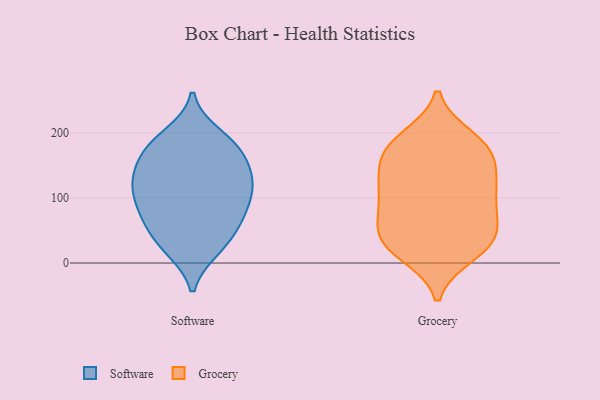
{"axis": {"x": "Shipments", "y": "Value"}, "legend": ["Grocery", "Software"], "data": [{"x": "", "y": 131, "type": "Software"}, {"x": "", "y": 183, "type": "Software"}, {"x": "", "y": 69, "type": "Software"}, {"x": "", "y": 26, "type": "Software"}, {"x": "", "y": 97, "type": "Software"}, {"x": "", "y": 61, "type": "Software"}, {"x": "", "y": 120, "type": "Software"}, {"x": "", "y": 130, "type": "Software"}, {"x": "", "y": 21, "type": "Software"}, {"x": "", "y": 74, "type": "Software"}, {"x": "", "y": 197, "type": "Software"}, {"x": "", "y": 112, "type": "Software"}, {"x": "", "y": 153, "type": "Software"}, {"x": "", "y": 100, "type": "Software"}, {"x": "", "y": 170, "type": "Software"}, {"x": "", "y": 186, "type": "Software"}, {"x": "", "y": 65, "type": "Software"}, {"x": "", "y": 169, "type": "Software"}, {"x": "", "y": 27, "type": "Software"}, {"x": "", "y": 130, "type": "Software"}, {"x": "", "y": 144, "type": "Grocery"}, {"x": "", "y": 111, "type": "Grocery"}, {"x": "", "y": 95, "type": "Grocery"}, {"x": "", "y": 174, "type": "Grocery"}, {"x": "", "y": 183, "type": "Grocery"}, {"x": "", "y": 24, "type": "Grocery"}, {"x": "", "y": 69, "type": "Grocery"}, {"x": "", "y": 192, "type": "Grocery"}, {"x": "", "y": 34, "type": "Grocery"}, {"x": "", "y": 26, "type": "Grocery"}, {"x": "", "y": 52, "type": "Grocery"}, {"x": "", "y": 14, "type": "Grocery"}, {"x": "", "y": 179, "type": "Grocery"}, {"x": "", "y": 37, "type": "Grocery"}, {"x": "", "y": 104, "type": "Grocery"}, {"x": "", "y": 130, "type": "Grocery"}, {"x": "", "y": 128, "type": "Grocery"}, {"x": "", "y": 169, "type": "Grocery"}, {"x": "", "y": 73, "type": "Grocery"}]}